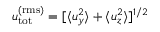
u _ { \mathrm { t o t } } ^ { \mathrm { ( r m s ) } } = [ \langle u _ { y } ^ { 2 } \rangle + \langle u _ { z } ^ { 2 } \rangle ] ^ { 1 / 2 }